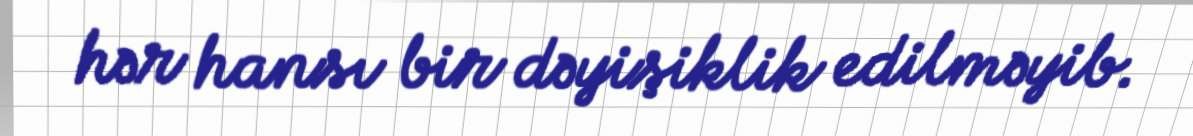
hər hansı bir dəyişiklik edilməyib.